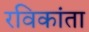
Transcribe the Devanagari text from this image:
रविकांता